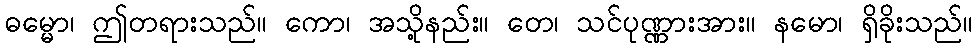
ဓမ္မော၊ ဤတရားသည်။ ကော၊ အသို့နည်း။ တေ၊ သင်ပုဏ္ဏားအား။ နမော၊ ရှိခိုးသည်။